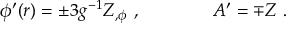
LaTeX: \phi ^ { \prime } ( r ) = \pm 3 g ^ { - 1 } Z _ { , \phi } \ , \qquad \qquad A ^ { \prime } = \mp Z \ .